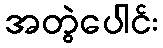
အတွဲပေါင်း